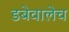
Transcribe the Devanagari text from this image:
डबेवालेच